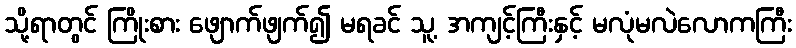
သို့ရာတွင် ကြိုးစား ဖျောက်ဖျက်၍ မရခင် သူ့ အကျင့်ကြီးနှင့် မလုံမလဲလောကကြီး